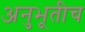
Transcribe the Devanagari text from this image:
अनुभूतीच